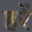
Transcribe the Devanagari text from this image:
हरें